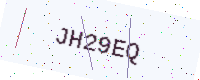
Text: JH29EQ